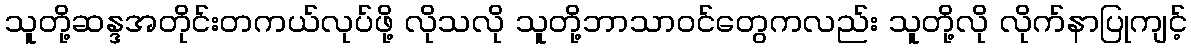
သူတို့ဆန္ဒအတိုင်းတကယ်လုပ်ဖို့ လိုသလို သူတို့ဘာသာဝင်တွေကလည်း သူတို့လို လိုက်နာပြုကျင့်